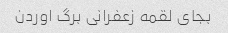
بجای لقمه زعفرانی برگ اوردن